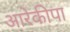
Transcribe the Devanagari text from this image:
आरेकीपा